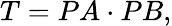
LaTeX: T=PA\cdot PB,